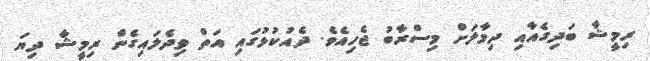
ރިމީޝާ ބަދިގެއާއި ދިމާލަށް މިސްރާބު ޖެހިއެވެ. ދެއުކުޅުގައި އަތް ވިދެލައިގެން ރިމީޝާ ދިޔަ